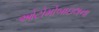
ઓટોમોબાઇલના